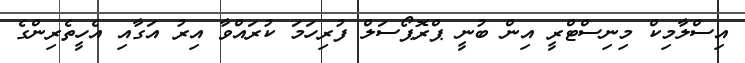
އިސްލާމިކް މިނިސްޓްރީ އިން ބުނީ ޕްރޮޕޯސަލް ފުރިހަމަ ކުރައްވާ އިރު އަގާއި އެހީތެރިންގެ